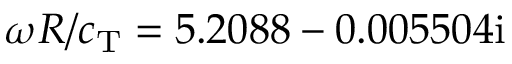
\omega R / c _ { \mathrm { T } } = 5 . 2 0 8 8 - 0 . 0 0 5 5 0 4 \mathrm { i }